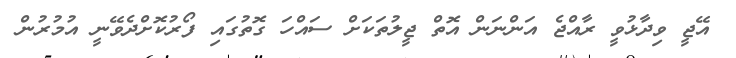
އޭޖީ ވިދާޅުވީ ރާއްޖެ އަންނަން އޮތް ޖީލުތަކަށް ސައްހަ ގޮތުގައި ފޯރުކޮށްދެވޭނީ އުމުރުން